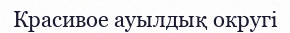
Красивое ауылдық округі